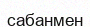
сабанмен